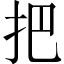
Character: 把